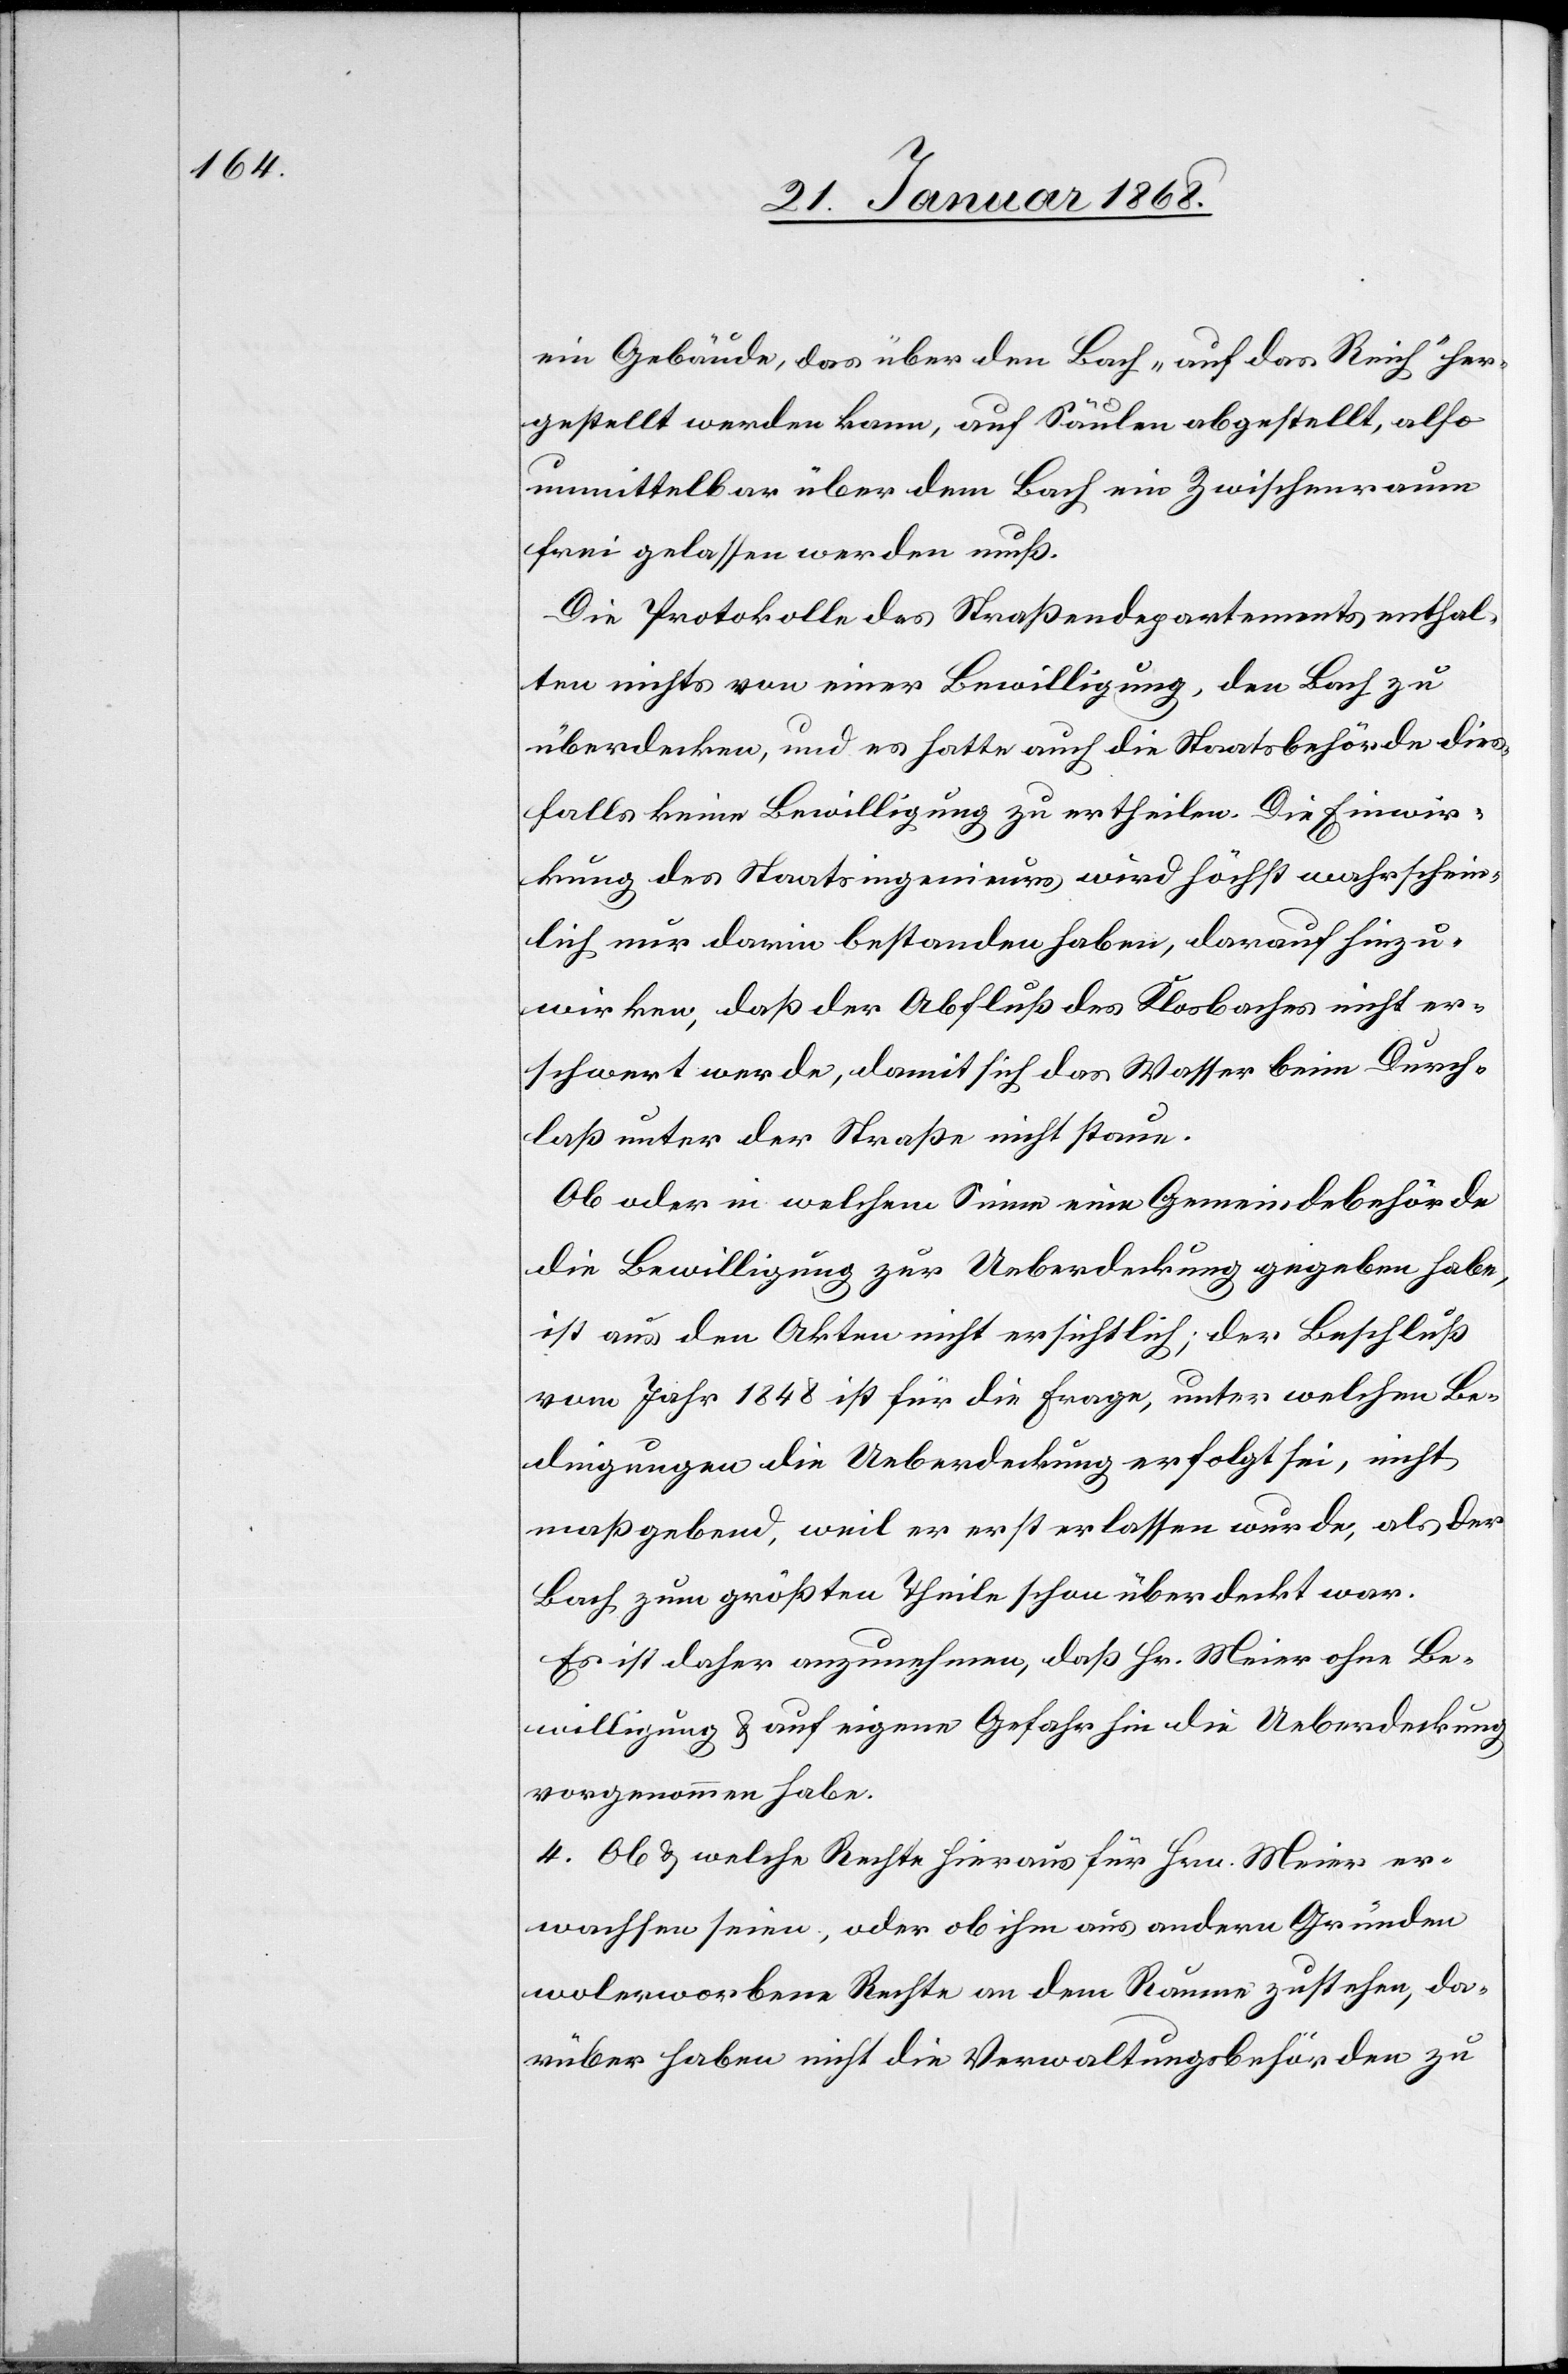
ein Gebäude, das über den Bach „auf das Reich“ her¬
gestellt werden kann, auf Säulen abgestellt, also
unmittelbar über dem Bach ein Zwischenraum
frei gelassen werden muß.
Die Protokolle des Straßendepartements enthal¬
ten nichts von einer Bewilligung, den Bach zu
überdecken, und es hatte auch die Staatsbehörde dies¬
falls keine Bewilligung zu ertheilen. Die Einwir¬
kung des Staatsingenieurs wird höchst wahrschein¬
lich nur darin bestanden haben, darauf hinzu¬
wirken, daß der Abfluß des Klosbaches nicht er¬
schwert werde, damit sich das Wasser beim Durch¬
laß unter der Straße nicht staue.
Ob oder in welchem Sinne eine Gemeindebehörde
die Bewilligung zur Ueberdeckung gegeben habe,
ist aus den Akten nicht ersichtlich; der Beschluß
vom Jahr 1848 ist für die Frage, unter welchen Be¬
dingungen die Ueberdeckung erfolgt sei, nicht
maßgebend, weil er erst erlassen wurde, als der
Bach zum größten Theile schon überdeckt war.
Es ist daher anzunehmen, daß Hr. Meier ohne Be¬
willigung & auf eigene Gefahr hin die Ueberdeckung
vorgenommen habe.
4. Ob & welche Rechte hieraus für Hrn. Meier er¬
wachsen seien, oder ob ihm aus andern Gründen
wolerworbene Rechte an dem Raume zustehen, da¬
rüber haben nicht die Verwaltungsbehörden zu